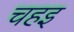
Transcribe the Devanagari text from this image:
चहइ